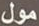
مول